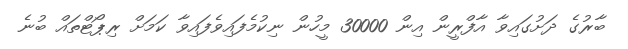
ބާރުގެ ދަށުގައިވާ އާފްރީން އިން 30000 މީހުން ނިކުމެފައިވެފައިވާ ކަމަށް ރިޕޯޓްތައް ބުނެ